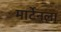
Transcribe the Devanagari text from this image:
मार्टेनला